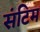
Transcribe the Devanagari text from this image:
संटिम